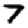
Digit: 7